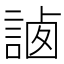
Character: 𧨼